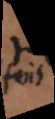
fois